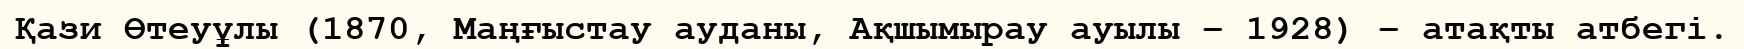
Қази Өтеуұлы (1870, Маңғыстау ауданы, Ақшымырау ауылы – 1928) – атақты атбегі.